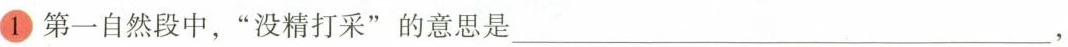
①第一自然段中，”没精打采”的意思是___，